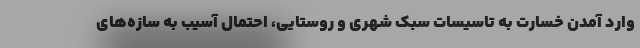
وارد آمدن خسارت به تاسیسات سبک شهری و روستایی، احتمال آسیب به سازه‌های